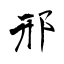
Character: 邢